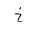
Letter: _kha